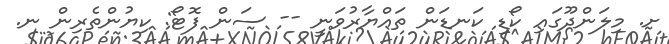
ށ. މިލަންދޫގައި ކޯޑި ކަނޑަން ތައްޔާރުވަނީ -- ސަން ފޮޓޯ: ކިޔުންތެރިން ނ.